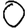
Digit: 0